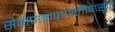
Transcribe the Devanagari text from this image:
संगणकप्रणालीपासून